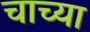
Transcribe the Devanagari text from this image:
चाच्या